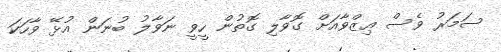
ސަމަރު ވެސް ޢިޒްވާއަށް ގޮވާލި ގޮތުން ހީވީ ނަވާލު ބުނަން އުޅޭ ވާހަކަ